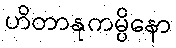
ဟိတာနုကမ္ပိနော